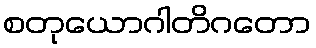
စတုယောဂါတိဂတော